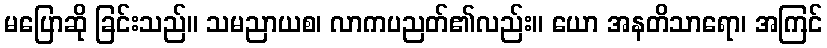
မပြောဆို ခြင်းသည်။ သမညာယစ၊ လာကပညတ်၏လည်း။ ယော အနတိသာရော၊ အကြင်